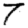
Digit: 7